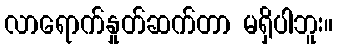
လာရောက်နှုတ်ဆက်တာ မရှိပါဘူး။